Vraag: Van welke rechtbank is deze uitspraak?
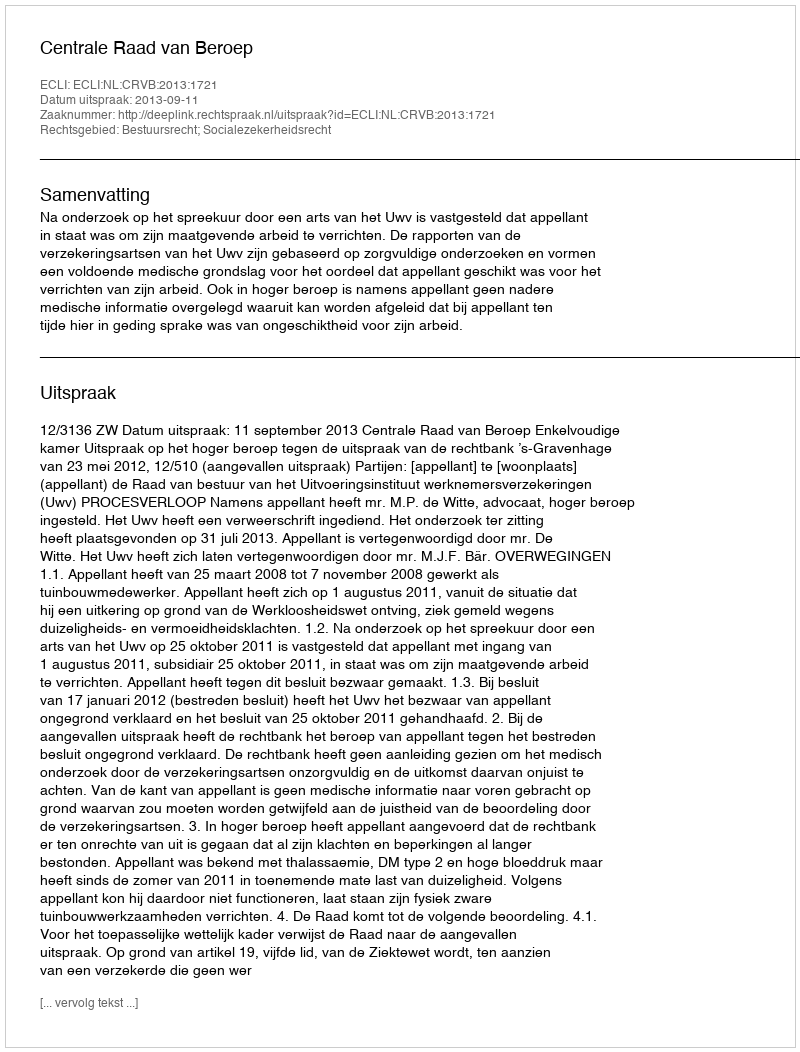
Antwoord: Centrale Raad van Beroep